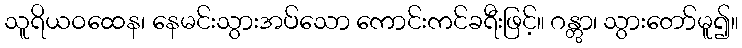
သူရိယဝထေန၊ နေမင်းသွားအပ်သော ကောင်းကင်ခရီးဖြင့်။ ဂန္တွာ၊ သွားတော်မူ၍။